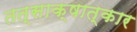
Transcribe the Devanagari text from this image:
तत्साक्षात्कार